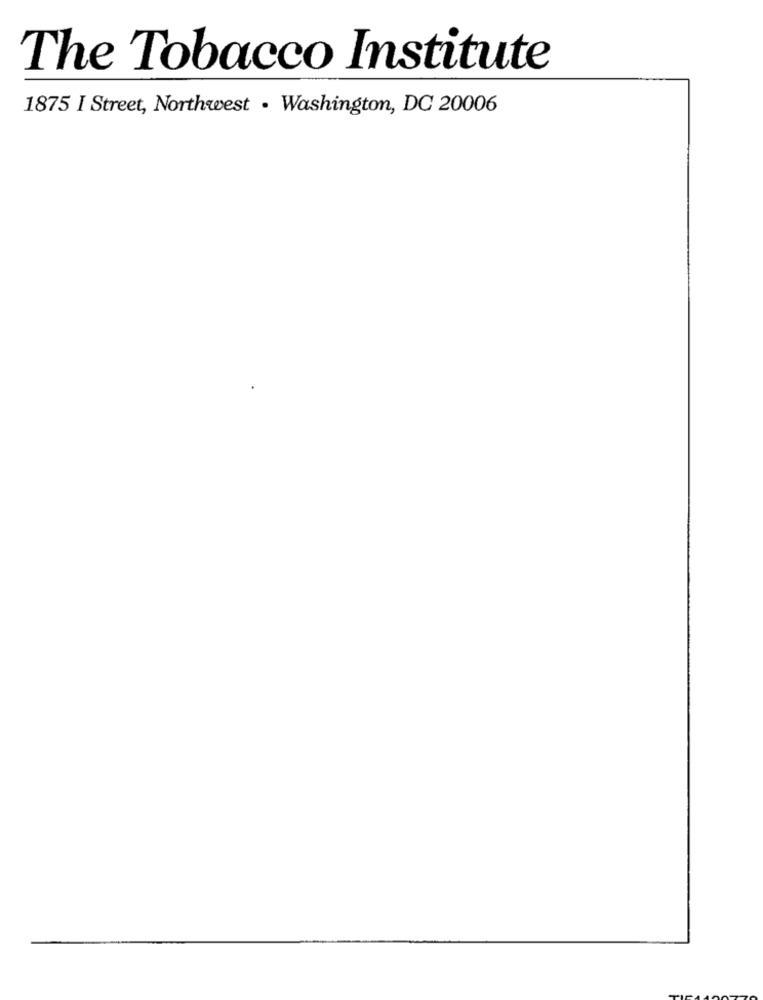
The Tobacco Institute
1875 I Street, Northwest · Washington, DC 20006